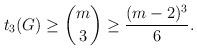
LaTeX: \begin{align*} t_3(G) \geq \binom{m}{3} \geq \frac{(m-2)^3}{6}.\end{align*}